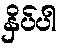
နှိပ်ပါ